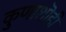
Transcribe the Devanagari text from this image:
कुणाशॊही